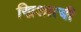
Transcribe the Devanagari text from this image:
खिशात्बी